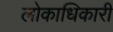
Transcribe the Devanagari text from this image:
लोकाधिकारी